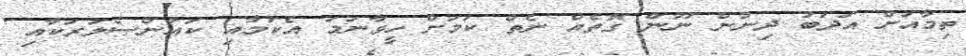
ތިމާއަށް އަދަބު ދިނުން ނޫން ގޮތެއް ނެތް ކަމަށް ހީވާނަމަ އެކަމާއި ކައުންސެލަރަކާއި